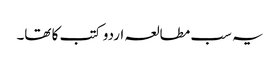
یہ سب مطالعہ اردو کتب کا تھا۔